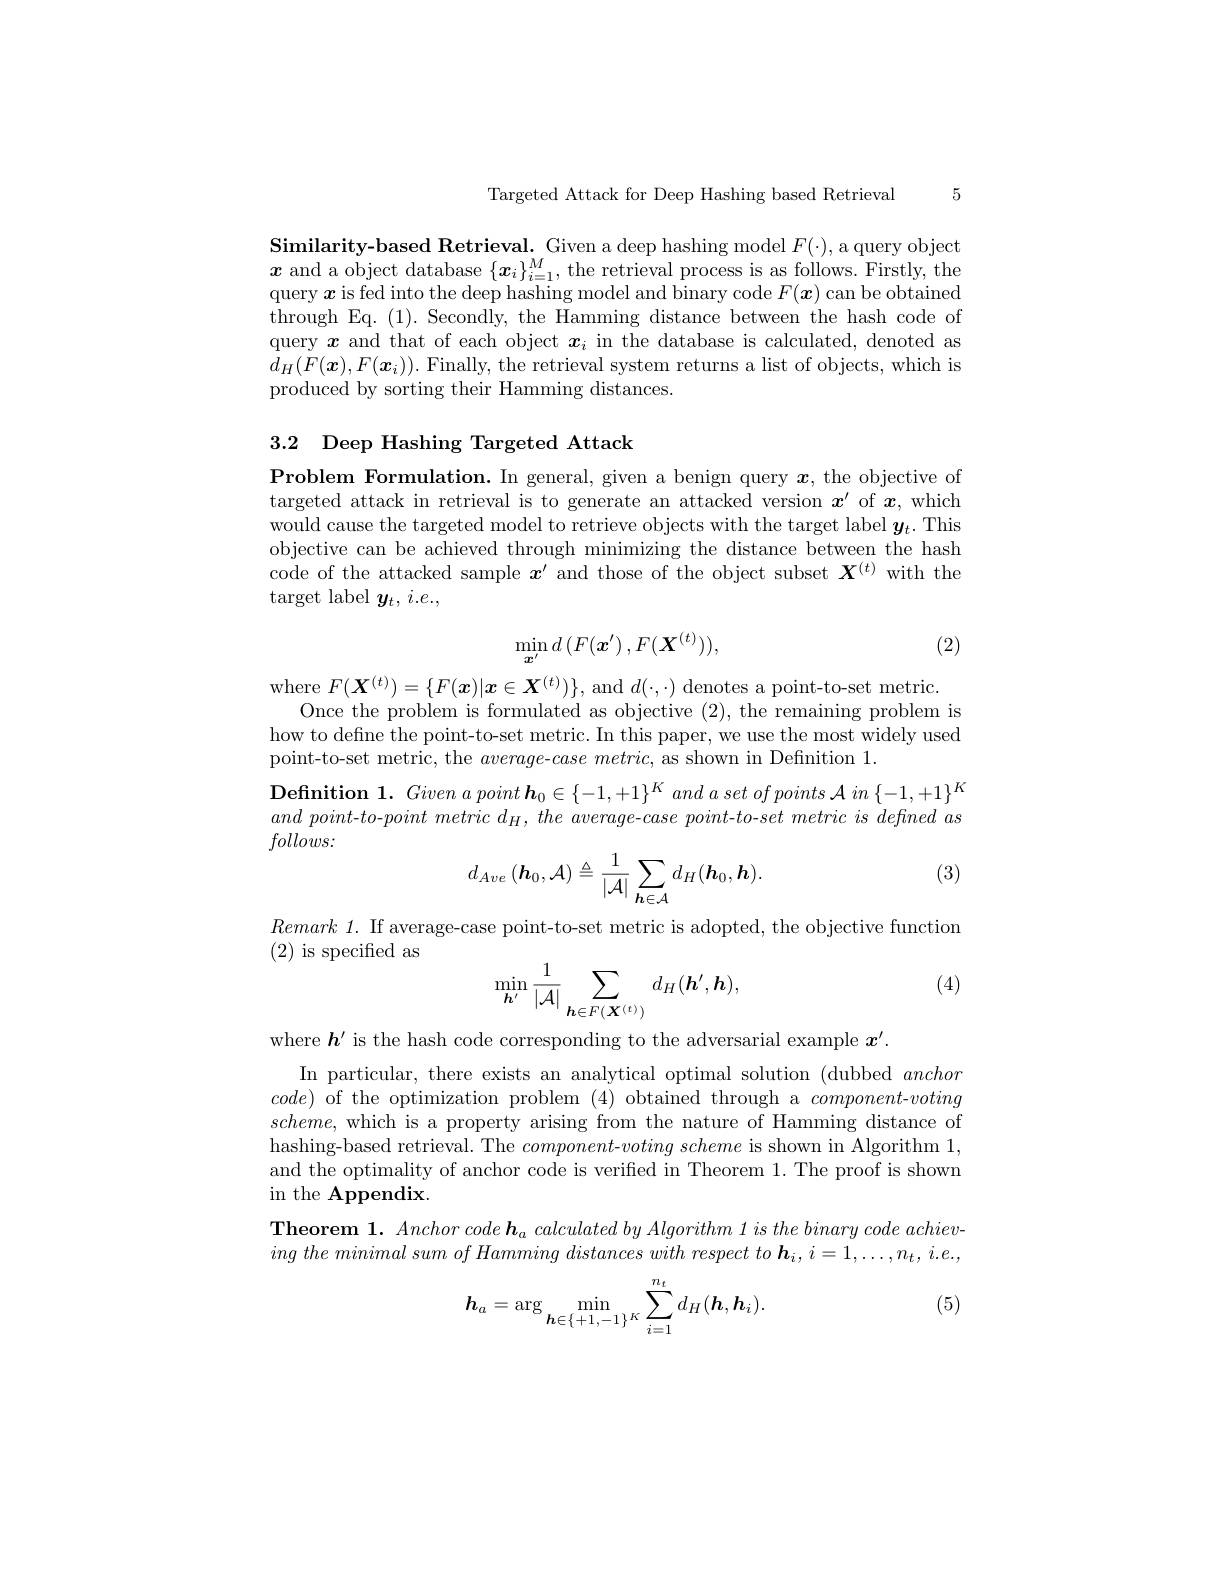
5

Targeted Attack for Deep Hashing based Retrieval

Similarity-based Retrieval. Given a deep hashing model $F(\cdot)$, a query object $x$ and a object database $\{\boldsymbol x_i\}_i=1^M$, the retrieval process is as follows. Firstly, the query $\boldsymbol x$ is fed into the deep hashing model and binary code $F(\boldsymbol x)$ can be obtained through Eq.(1). Secondly, the Hamming distance between the hash code of query $x$ and that of each object $x_i$ in the database is calculated, denoted as $d_{H}(F(\boldsymbol{x}),F(\boldsymbol{x}_{i})).$ Finally, the retrieval system returns a list of objects, which is produced by sorting their Hamming distances.

## 3.2 Deep Hashing Targeted Attack

Problem Formulation. In general, given a benign query $\boldsymbol x$, the objective of targeted attack in retrieval is to generate an attacked version $x^\prime$ of $x$, which would cause the targeted model to retrieve objects with the target label $y_t.$This objective can be achieved through minimizing the distance between the hash code of the attacked sample $x^\prime$ and those of the object subset $\boldsymbol X^{(t)}$ with the $\operatorname{target}$ label $y_t,i.e.$,

(2)
$$\min_{\boldsymbol{x}'}d\left(F(\boldsymbol{x}')\:,F(\boldsymbol{X}^{(t)})),\right.$$
where $F(\boldsymbol{X}^{(t)})=\{F(\boldsymbol{x})|\boldsymbol{x}\in\boldsymbol{X}^{(t)})\}$, and $d(\cdot,\cdot)$ denotes a point-to-set metric
Once the problem is formulated as objective (2), the remaining problem is how to define the point-to-set metric. In this paper, we use the most widely used point-to-set metric, the average-$case\textit{metric, as shown in Definition 1. }$
$\textbf{Definition 1. Given a point h}_{0}\in \{ - 1, + 1\} ^{K}\textit{ and a set of points A in }\{ - 1, + 1\} ^{K}$ $and~point-to-point~metric~d_{H},~the~average-case~point-to-set~metric~is~defined~as$ $follows:$
$$d_{Ave}\left(\boldsymbol{h}_{0},\mathcal{A}\right)\triangleq\frac{1}{|\mathcal{A}|}\sum_{\boldsymbol{h}\in\mathcal{A}}d_{H}(\boldsymbol{h}_{0},\boldsymbol{h}).$$
(3)

$Remark~1.~$If average-case point-to-set metric is adopted, the objective function
(2) is specified as
$$\min\limits_{\boldsymbol{h'}}\frac{1}{|\mathcal{A}|}\sum\limits_{\boldsymbol{h}\in F(\boldsymbol{X}^{(t)})}d_H(\boldsymbol{h'},\boldsymbol{h}),$$
(4)

where $h^\prime$ is the hash code corresponding to the adversarial example $x^\prime$
In particular, there exists an analytical optimal solution (dubbed anchor $code)$ of the optimization problem (4) obtained through a $component-voting$ $scheme$, which is a property arising from the nature of Hamming distance of hashing-based retrieval. The $component- voting\textit{scheme is shown in Algorithm 1}$, and the optimality of anchor code is verified in Theorem 1. The proof is shown $\operatorname{in}$ the Appendix.
$\textbf{Theorem 1. Anchor code h}_{a}\textit{calculated by Algorithm 1 is the binary code achiev- }$ ing the minimal sum $of$ Hamming distances with respect $to$ $\boldsymbol{h}_{i}$, $i= 1, \ldots , n_{t}$, $i. e. $,

(5)
$$\boldsymbol{h}_{a}=\arg\min_{\boldsymbol{h}\in\{+1,-1\}^{K}}\sum_{i=1}^{n_{t}}d_{H}(\boldsymbol{h},\boldsymbol{h}_{i}).$$